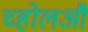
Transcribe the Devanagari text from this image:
च्होलऔ